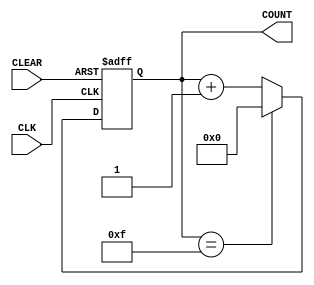
//Behavioral description of four-bit binary counter
module fourbitup(CLK,CLEAR,COUNT);
	input CLK, CLEAR;
	output reg [3:0] COUNT;
	always @ (posedge CLK, negedge CLEAR)
	  if(CLEAR==0) COUNT <=4'b0; //count is loaded with binary 0000
	  else
	    begin
		  if (COUNT == 4'b1111)
		     COUNT <= 4'b0; //Once count hits F cycle back to zero
		  else
		    COUNT<=COUNT+ 1'b1; //increment count by 1
		end
	endmodule